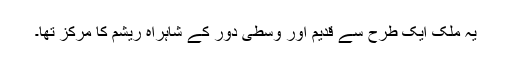
یہ ملک ایک طرح سے قدیم اور وسطی دور کے شاہراہ ریشم کا مرکز تھا۔